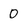
Character: D